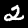
Digit: 2